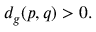
d _ { g } ( p , q ) > 0 .